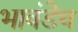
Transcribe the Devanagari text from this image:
भावंडेच